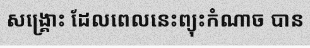
សង្គ្រោះ ដែលពេលនេះព្យុះកំណាច បាន